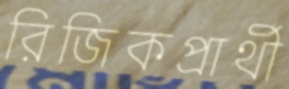
রিজিকপ্রার্থী